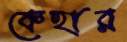
কেহার